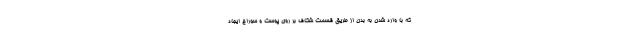
که با وارد شدن به بدن از طریق قسمت شکاف بر روی پوست و سوراخ ایجاد